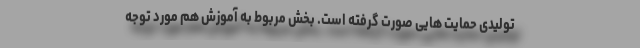
تولیدی حمایت هایی صورت گرفته است. بخش مربوط به آموزش هم مورد توجه